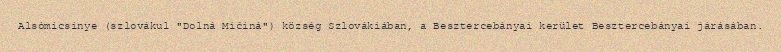
Alsómicsinye (szlovákul "Dolná Mičiná") község Szlovákiában, a Besztercebányai kerület Besztercebányai járásában.